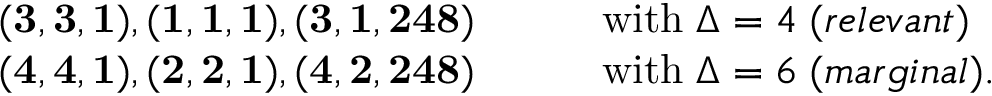
\begin{array} { l l } { { { \bf ( 3 , 3 , 1 ) , ( 1 , 1 , 1 ) , ( 3 , 1 , 2 4 8 ) } \qquad } } & { { \mathrm { w i t h } \; \Delta = 4 \; ( r e l e v a n t ) } } \\ { { { \bf ( 4 , 4 , 1 ) , ( 2 , 2 , 1 ) , ( 4 , 2 , 2 4 8 ) } \qquad } } & { { \mathrm { w i t h } \; \Delta = 6 \; ( m a r g i n a l ) . } } \end{array}